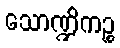
သောဏ္ဍိကဉ္စ